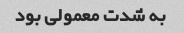
به شدت معمولی بود